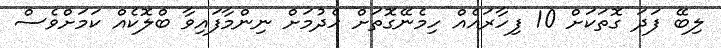
ލިބޭ ފަދަ ގޮތަކަށް 10 ފިހާރައެއް ހިމެނޭގޮތަށް ހެދުމަށް ނިންމާފައިވާ ބްލޮކެއް ކަމަށްވެސް